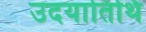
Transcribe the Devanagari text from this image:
उदयातिथि